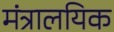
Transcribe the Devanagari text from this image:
मंत्रालयिक